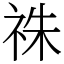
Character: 祩